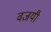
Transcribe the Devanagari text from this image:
वजयी